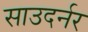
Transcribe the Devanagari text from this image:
साउदर्नर